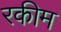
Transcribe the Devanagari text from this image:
रकीम